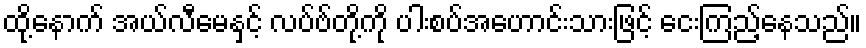
ထို့နောက် အယ်လီမေနှင့် လပ်ဗ်တို့ကို ပါးစပ်အဟောင်းသားဖြင့် ငေးကြည့်နေသည်။